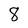
Character: 8